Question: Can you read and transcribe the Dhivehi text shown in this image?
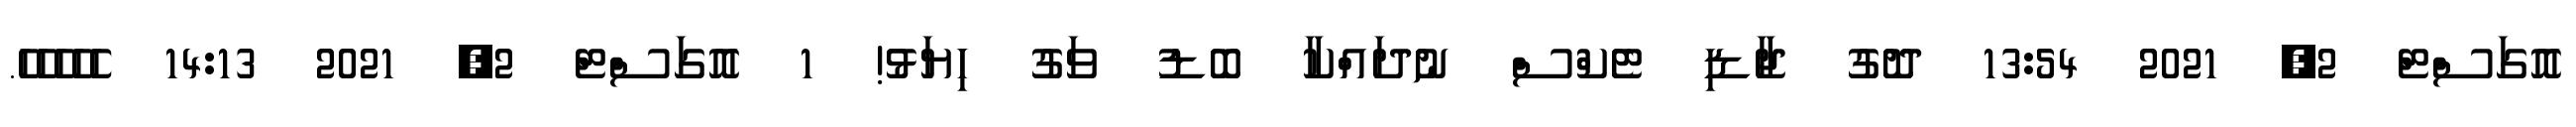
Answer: އޮގަސްޓް 2, 2021 13:54 ދޮގު ޖާޑި ޓެކްސް ނުދައްކާ ބޮޑު ވަގު ހިޔަޅު! 1 އޮގަސްޓް 2, 2021 14:13 ހެހެހެހެހެ.